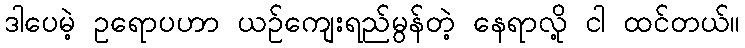
ဒါပေမဲ့ ဥရောပဟာ ယဉ်ကျေးရည်မွန်တဲ့ နေရာလို့ ငါ ထင်တယ်။